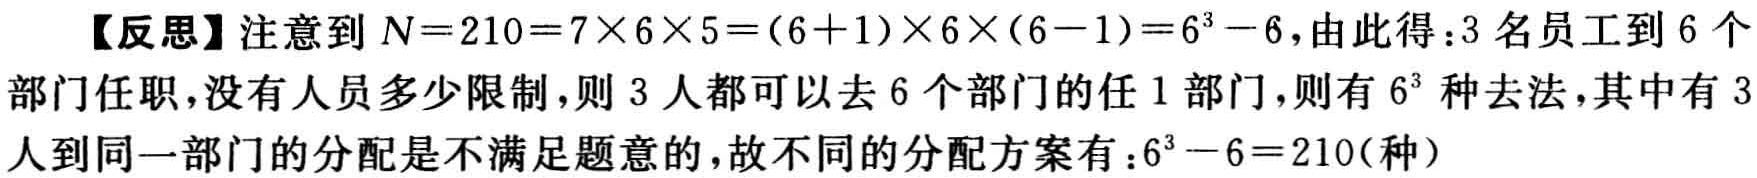
【反思】注意到 \(N = 210=7\times6\times5=(6 + 1)\times6\times(6 - 1)=6^{3}-6\)，由此得：3 名员工到 6 个部门任职，没有人员多少限制，则 3 人都可以去 6 个部门的任 1 部门，则有 \(6^{3}\) 种去法，其中有 3 人到同一部门的分配是不满足题意的，故不同的分配方案有：\(6^{3}-6 = 210(\text{种})\)